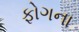
ફોગના